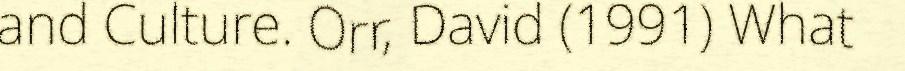
and Culture. Orr, David (1991) What